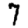
Digit: 7